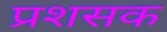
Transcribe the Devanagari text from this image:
प्रशसक